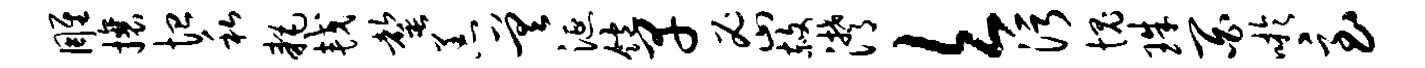
雕攘恤私耗较罄恙差涎饱早密赦潸欠污愧珠百吁急